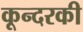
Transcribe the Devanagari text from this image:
कून्दरकी